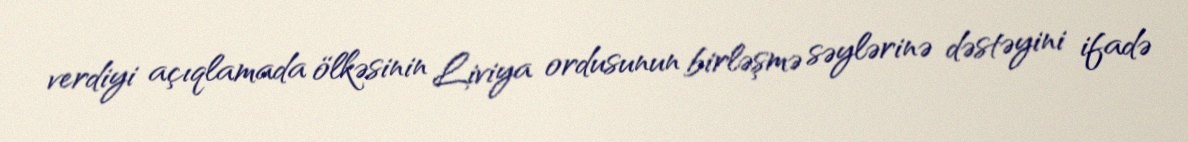
verdiyi açıqlamada ölkəsinin Liviya ordusunun birləşmə səylərinə dəstəyini ifadə